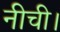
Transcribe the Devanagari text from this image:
नीची।